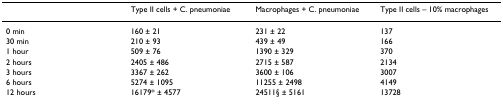
|  | Type II cells + C. pneumoniae | Macrophages + C. pneumoniae | Type II cells – 10% macrophages |
 | --- | --- | --- | --- |
 | 0 min | 160 ± 21 | 231 ± 22 | 137 |
 | 30 min | 210 ± 93 | 439 ± 49 | 166 |
 | 1 hour | 509 ± 76 | 1390 ± 329 | 370 |
 | 2 hours | 2405 ± 486 | 2715 ± 587 | 2134 |
 | 3 hours | 3367 ± 262 | 3600 ± 106 | 3007 |
 | 6 hours | 5274 ± 1095 | 11255 ± 2498 | 4149 |
 | 12 hours | 16179* ± 4577 | 24511§ ± 5161 | 13728 |